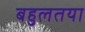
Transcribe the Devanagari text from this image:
बहुलतया